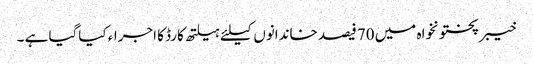
خیبرپختونخواہ میں 70فیصد خاندانوں کیلئے ہیلتھ کارڈ کا اجراء کیاگیا ہے ۔